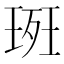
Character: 𭹚